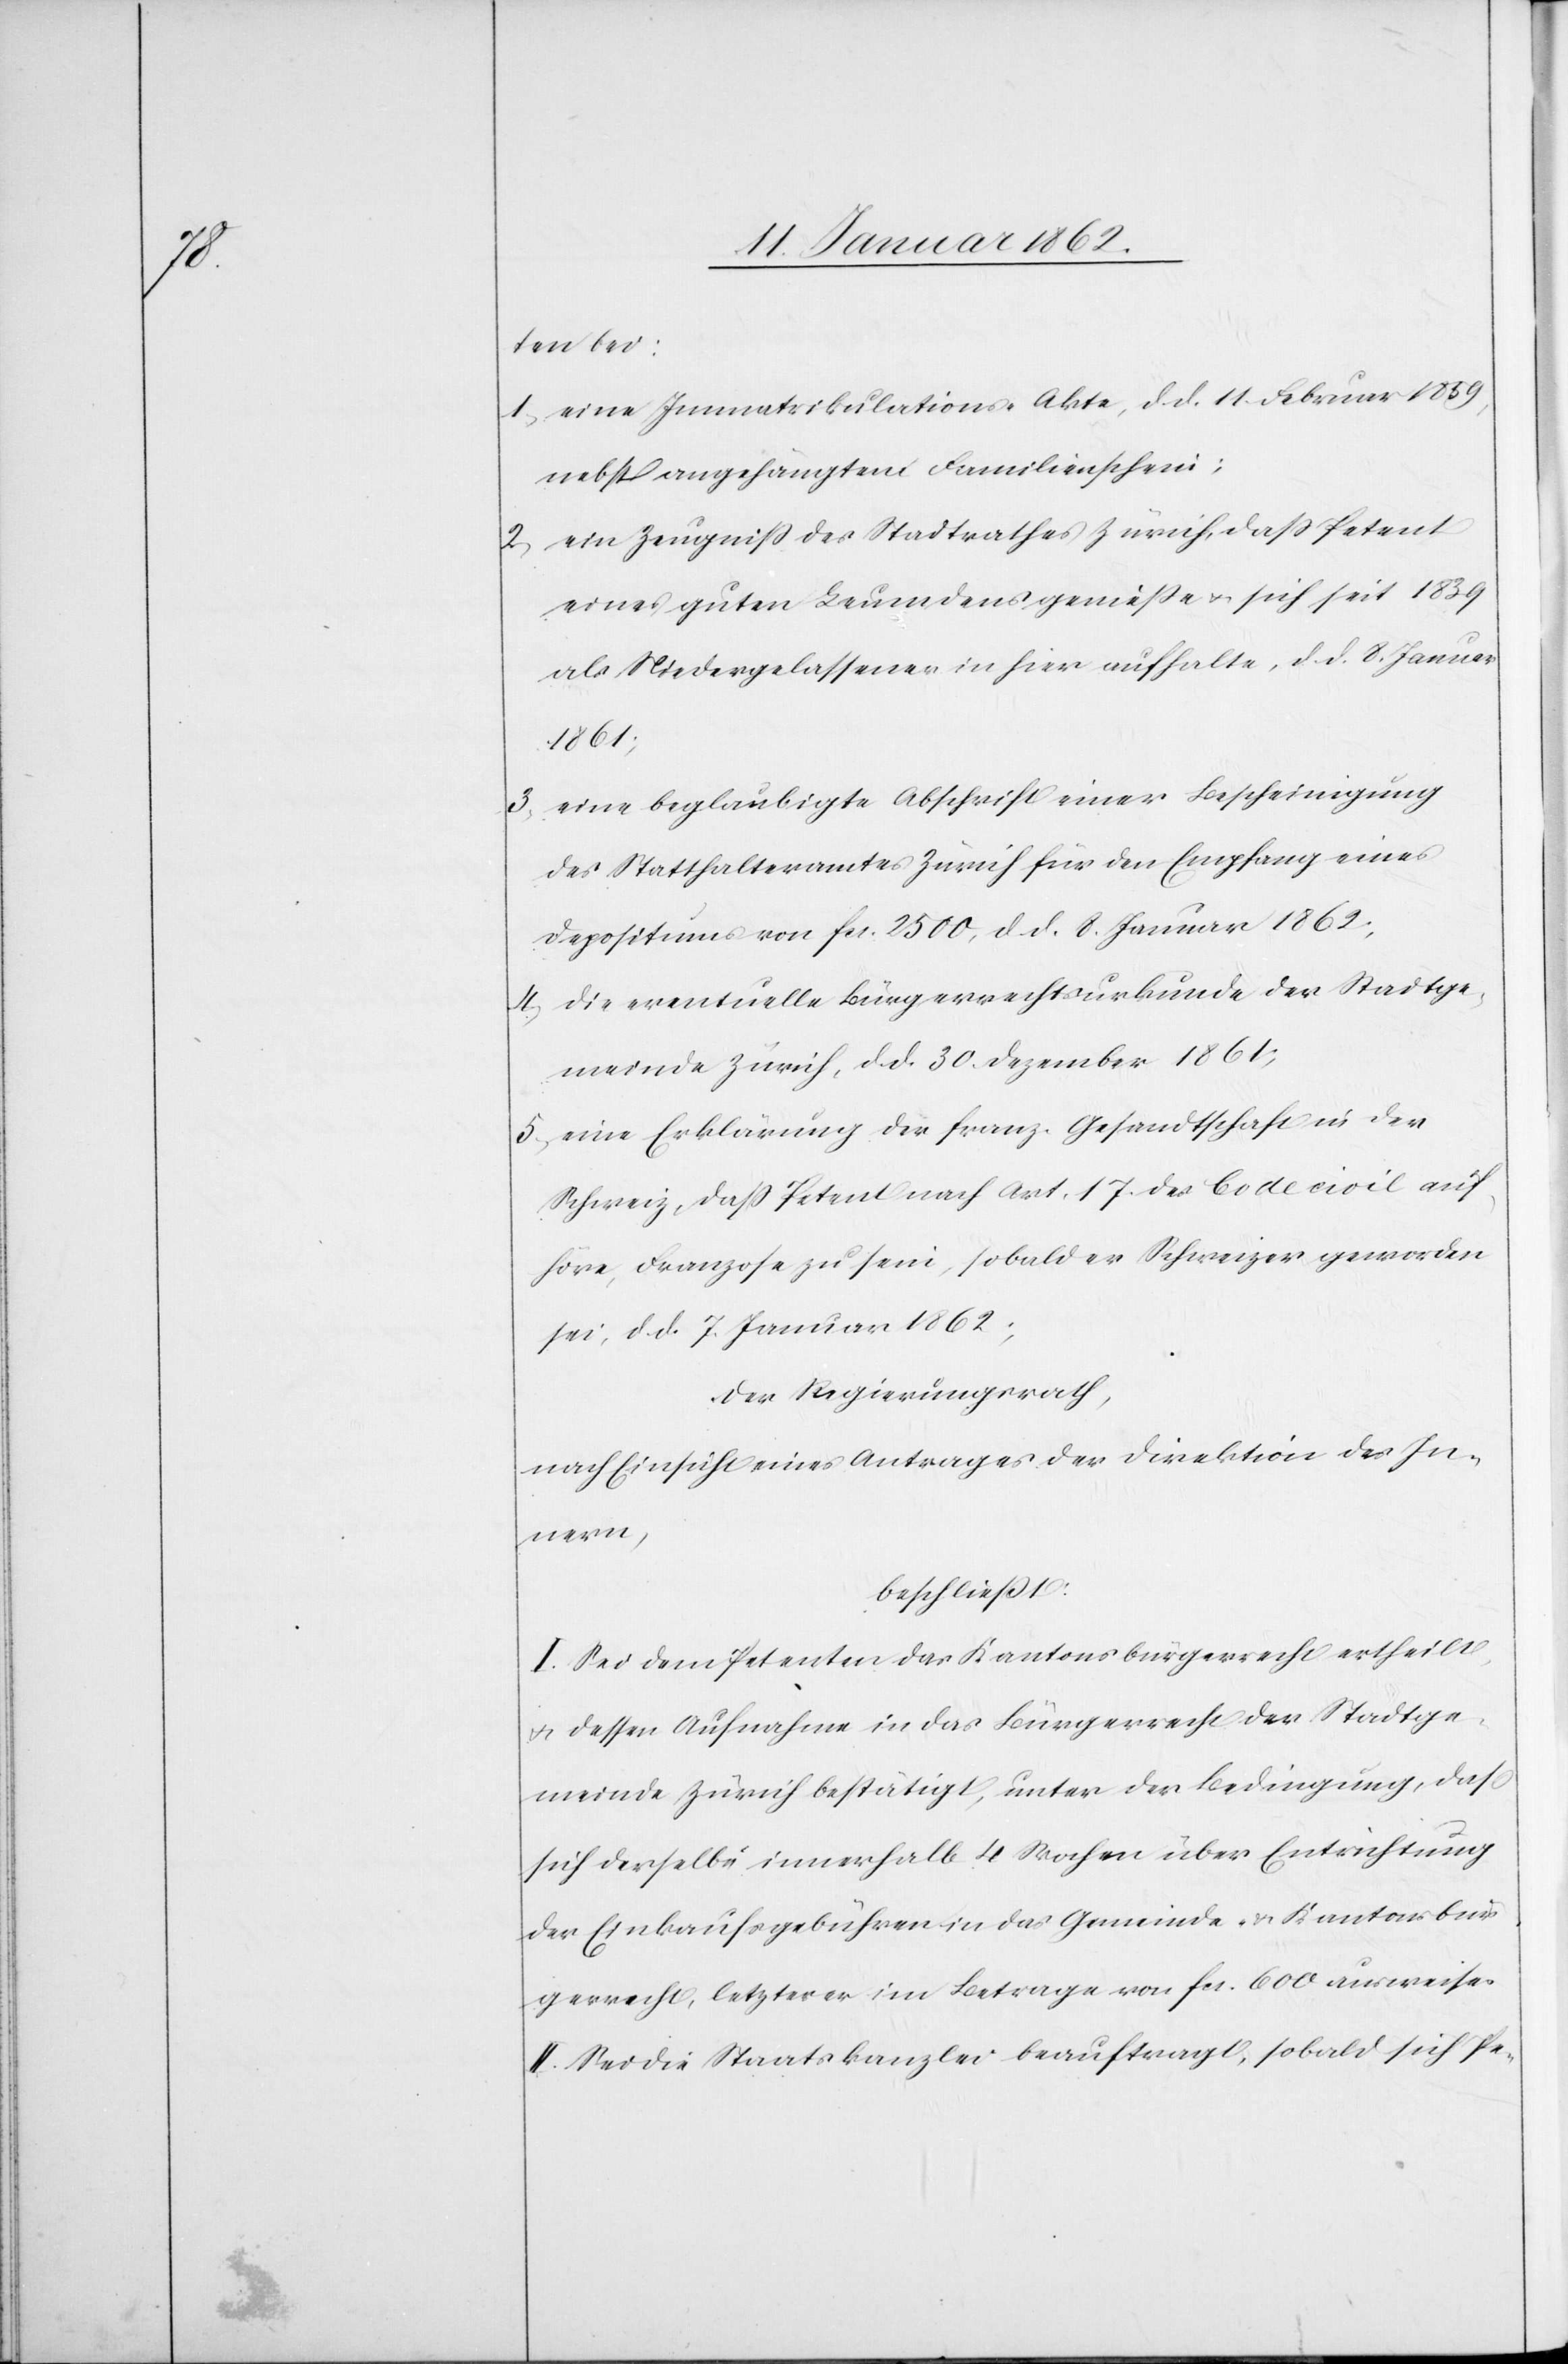
ten bei:
1) eine Immatrikulations-Akte, d. d. 11. Februar 1859,
nebst angehängtem Familienschein;
2) ein Zeugniß des Stadtrathes Zürich, daß Petent
eines guten Leumdens genieße u. sich seit 1839
als Niedergelassener in hier aufhalte, d. d. 8. Januar
1861;
3) eine beglaubigte Abschrift einer Bescheinigung
des Statthalteramtes Zürich für den Empfang eines
Depositums von fcs. 2500, d. d. 8. Januar 1862;
4) die eventuelle Bürgerrechtsurkunde der Stadtge¬
meinde Zürich, d. d. 30. Dezember 1861;
5) eine Erklärung der franz. Gesandtschaft in der
Schweiz, daß Petent nach Art. 17. der Code civil auf¬
höre, Franzose zu sein, sobald er Schweizer geworden
sei, d. d. 7. Januar 1862.
Der Regierungsrath,
nach Einsicht eines Antrages der Direktion des In¬
nern,
beschließt:
I. Sei dem Petenten das Kantonsbürgerrecht ertheilt
u. dessen Aufnahme in das Bürgerrecht der Stadtge¬
meinde Zürich bestätigt, unter der Bedingung, daß
sich derselbe innerhalb 4 Wochen über Entrichtung
der Einkaufsgebühren in das Gemeinde- u. Kantonsbür¬
gerrecht, letzterer im Betrage von fcs. 600 ausweise.
II. Sei die Staatskanzlei beauftragt, sobald sich Pe-